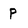
Character: p